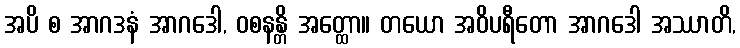
အပိ စ အာဂဒနံ အာဂဒေါ, ဝစနန္တိ အတ္ထော။ တယော အဝိပရီတော အာဂဒေါ အဿာတိ,